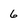
Character: 6